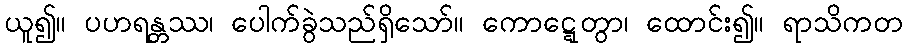
ယူ၍။ ပဟရန္တဿ၊ ပေါက်ခွဲသည်ရှိသော်။ ကောဋ္ဋေတွာ၊ ထောင်း၍။ ရာသိကတ